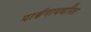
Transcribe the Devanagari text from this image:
पार्श्वनाथचरित